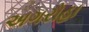
અગરોહા